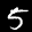
Label: 5